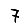
Digit: 7